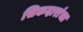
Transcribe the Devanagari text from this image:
सिकदारांचा